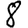
Digit: 8